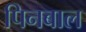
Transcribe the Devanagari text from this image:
पिनबाल